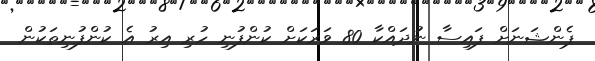
ޕެންޝަނަށް ފައިސާ ނުދައްކާ 80 ވަރަކަށް ކުންފުނި ހުރި އިރު އެ ކުންފުނިތަކުން